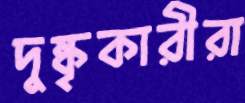
দুষ্কৃকারীরা